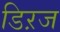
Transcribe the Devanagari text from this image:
डिऱज